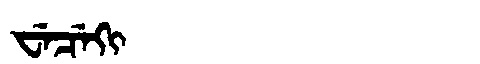
Manchu: ᠸᡝᠴᡝᡴᡳ
Romanization: WECEKI